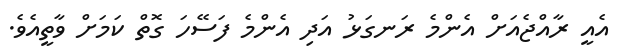
އެއީ ރާއްޖެއަށް އެންމެ ރަނގަަޅު އަދި އެންމެ ފަސޭހަ ގޮތް ކަމަށް ވާތީއެވެ.